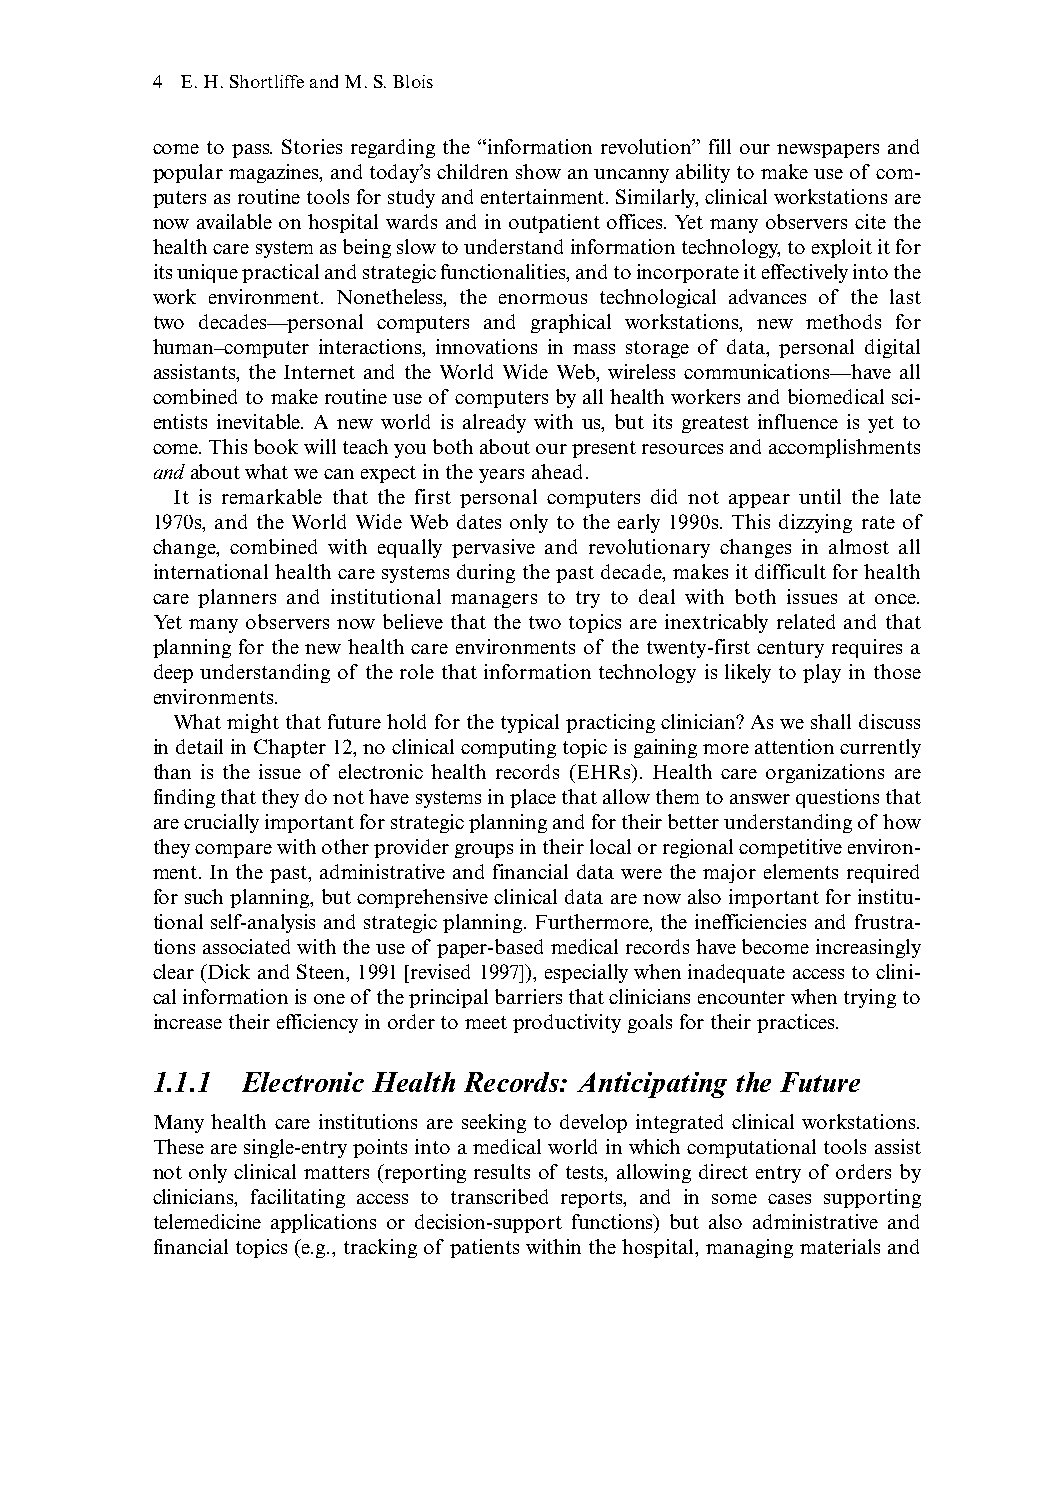
4 E.H.Shortliffe and M.S.Blois
 come to pass. Stories regarding the “information revolution”fill our newspapers and
 popular magazines,and today’s children show an uncanny ability to make use of com-
 puters as routine tools for study and entertainment.Similarly,clinical workstations are
 now available on hospital wards and in outpatient offices. Yet many observers cite the
 health care system as being slow to understand information technology,to exploit it for
 its unique practical and strategic functionalities,and to incorporate it effectively into the
 work environment. Nonetheless, the enormous technological advances of the last
 two decades—personal computers and graphical workstations, new methods for
 human–computer interactions, innovations in mass storage of data, personal digital
 assistants, the Internet and the World Wide Web, wireless communications—have all
 combined to make routine use of computers by all health workers and biomedical sci-
 entists inevitable. A new world is already with us, but its greatest influence is yet to
 come.This book will teach you both about our present resources and accomplishments
 andabout what we can expect in the years ahead.
 It is remarkable that the first personal computers did not appear until the late
 1970s, and the World Wide Web dates only to the early 1990s. This dizzying rate of
 change, combined with equally pervasive and revolutionary changes in almost all
 international health care systems during the past decade,makes it difficult for health
 care planners and institutional managers to try to deal with both issues at once.
 Yet many observers now believe that the two topics are inextricably related and that
 planning for the new health care environments of the twenty-first century requires a
 deep understanding of the role that information technology is likely to play in those
 environments.
 What might that future hold for the typical practicing clinician? As we shall discuss
 in detail in Chapter 12,no clinical computing topic is gaining more attention currently
 than is the issue of electronic health records (EHRs). Health care organizations are
 finding that they do not have systems in place that allow them to answer questions that
 are crucially important for strategic planning and for their better understanding of how
 they compare with other provider groups in their local or regional competitive environ-
 ment. In the past, administrative and financial data were the major elements required
 for such planning, but comprehensive clinical data are now also important for institu-
 tional self-analysis and strategic planning. Furthermore, the inefficiencies and frustra-
 tions associated with the use of paper-based medical records have become increasingly
 clear (Dick and Steen,1991 [revised 1997]),especially when inadequate access to clini-
 cal information is one of the principal barriers that clinicians encounter when trying to
 increase their efficiency in order to meet productivity goals for their practices.
 1.1.1 Electronic Health Records: Anticipating the Future
 Many health care institutions are seeking to develop integrated clinical workstations.
 These are single-entry points into a medical world in which computational tools assist
 not only clinical matters (reporting results of tests, allowing direct entry of orders by
 clinicians, facilitating access to transcribed reports, and in some cases supporting
 telemedicine applications or decision-support functions) but also administrative and
 financial topics (e.g., tracking of patients within the hospital, managing materials and